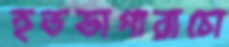
হতভাগারাচো